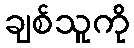
ချစ်သူကို